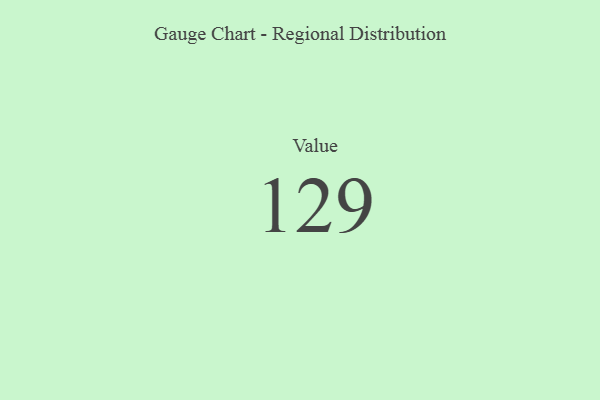
{"axis": {"x": "Metric", "y": "Value"}, "legend": [""], "data": [{"x": "Value", "y": 129, "type": ""}]}